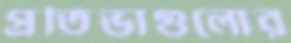
প্রতিভাগুলোর